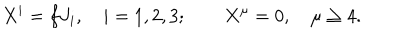
LaTeX: X ^ { i } = f J _ { i } , \quad i = 1 , 2 , 3 ; \quad \quad X ^ { \mu } = 0 , \quad \mu \geq 4 .